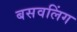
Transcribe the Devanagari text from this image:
बसवलिंग